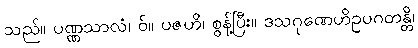
သည်။ ပဏ္ဏသာလံ၊ ဝ်။ ပဇဟိ၊ စွန့်ပြီး။ ဒသဂုဏေဟိဥပဂတန္တိ၊